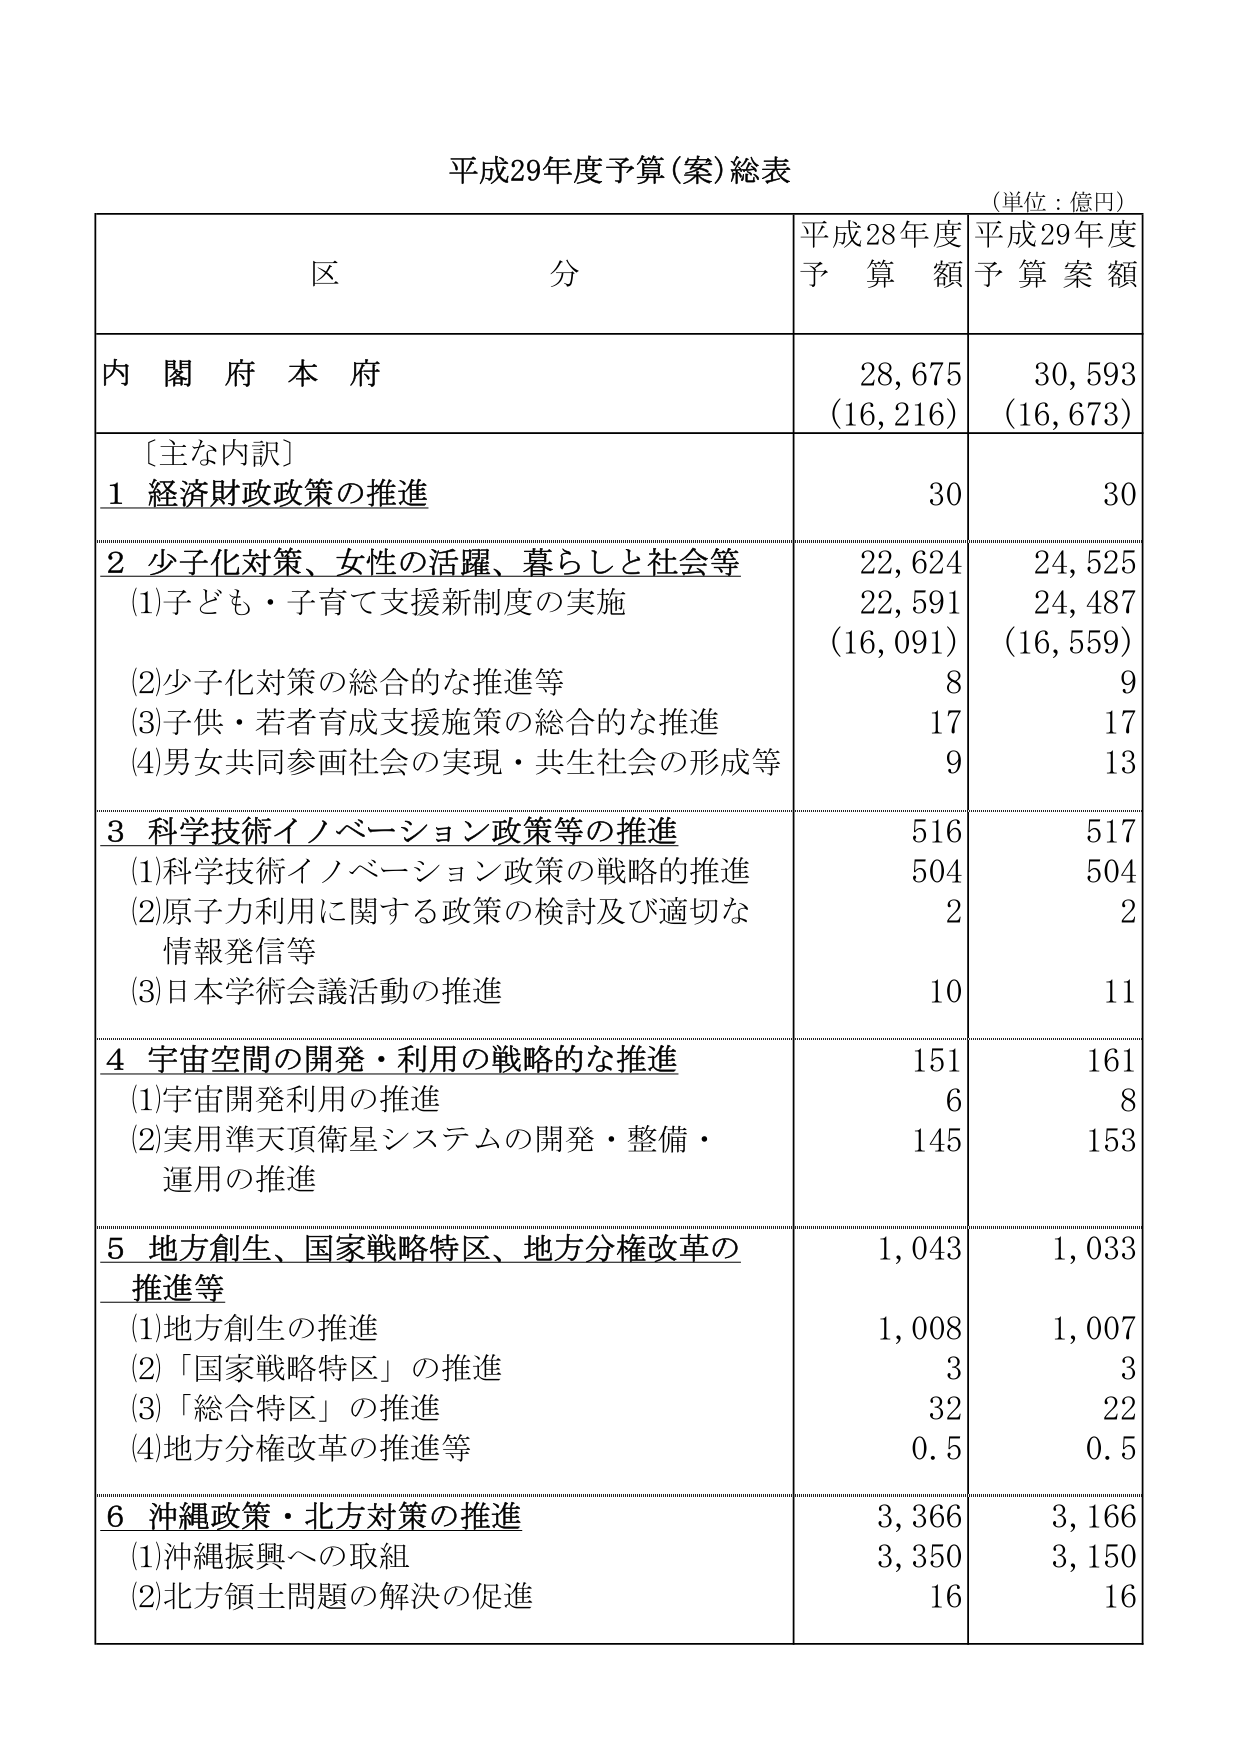
平成29年度予算（案）総表
（単位：億円）

区 分 平成28年度予算額 平成29年度予算案額

内閣府本府 28,675 (16,216) 30,593 (16,673)

〔主な内訳〕
1 経済財政政策の推進 30 30

2 少子化対策、女性の活躍、暮らしと社会等 22,624 24,525
(1)子ども・子育て支援新制度の実施 22,591 (16,091) 24,487 (16,559)
(2)少子化対策の総合的な推進等 8 9
(3)子供・若者育成支援施策の総合的な推進 17 17
(4)男女共同参画社会の実現・共生社会の形成等 9 13

3 科学技術イノベーション政策等の推進 516 517
(1)科学技術イノベーション政策の戦略的推進 504 504
(2)原子力利用に関する政策の検討及び適切な情報発信等 2 2
(3)日本学術会議活動の推進 10 11

4 宇宙空間の開発・利用の戦略的な推進 151 161
(1)宇宙開発利用の推進 6 8
(2)実用準天頂衛星システムの開発・整備・運用の推進 145 153

5 地方創生、国家戦略特区、地方分権改革の推進等 1,043 1,033
(1)地方創生の推進 1,008 1,007
(2)「国家戦略特区」の推進 3 3
(3)「総合特区」の推進 32 22
(4)地方分権改革の推進等 0.5 0.5

6 沖縄政策・北方対策の推進 3,366 3,166
(1)沖縄振興への取組 3,350 3,150
(2)北方領土問題の解決の促進 16 16